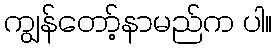
ကျွန်တော့်နာမည်က ပါ။